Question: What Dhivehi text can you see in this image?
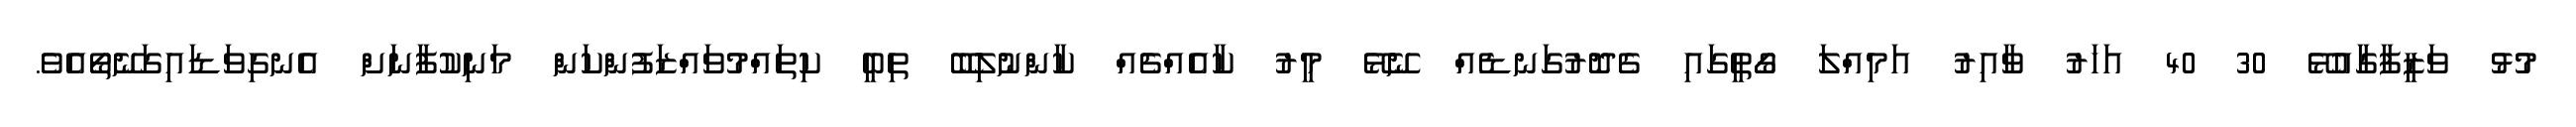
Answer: މުޅު ވަޒީފާގާއުޅޭ 30 40 އަހަރު ވާއިރު އަމިއްލަ ގޯތީގައި ގެދޮރުގަނޑެއް ނޭޅޭ މީރު ކާއެއްޗެއް ކާންނުލިބޭ ތިބީ ކިތައްމުވައްޒަފުންކަން މަނިކުފާނަށް އެނގިވަޑައިގަނޭތޯއެވެ.